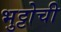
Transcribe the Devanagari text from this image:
भुट्टोची